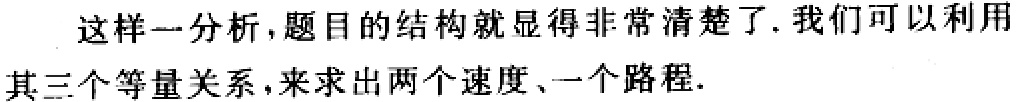
这样一分析,题目的结构就显得非常清楚了.我们可以利用其三个等量关系,来求出两个速度、一个路程.